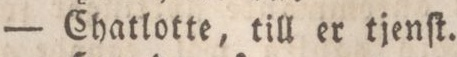
— Chatlotte, till er tjenſt.